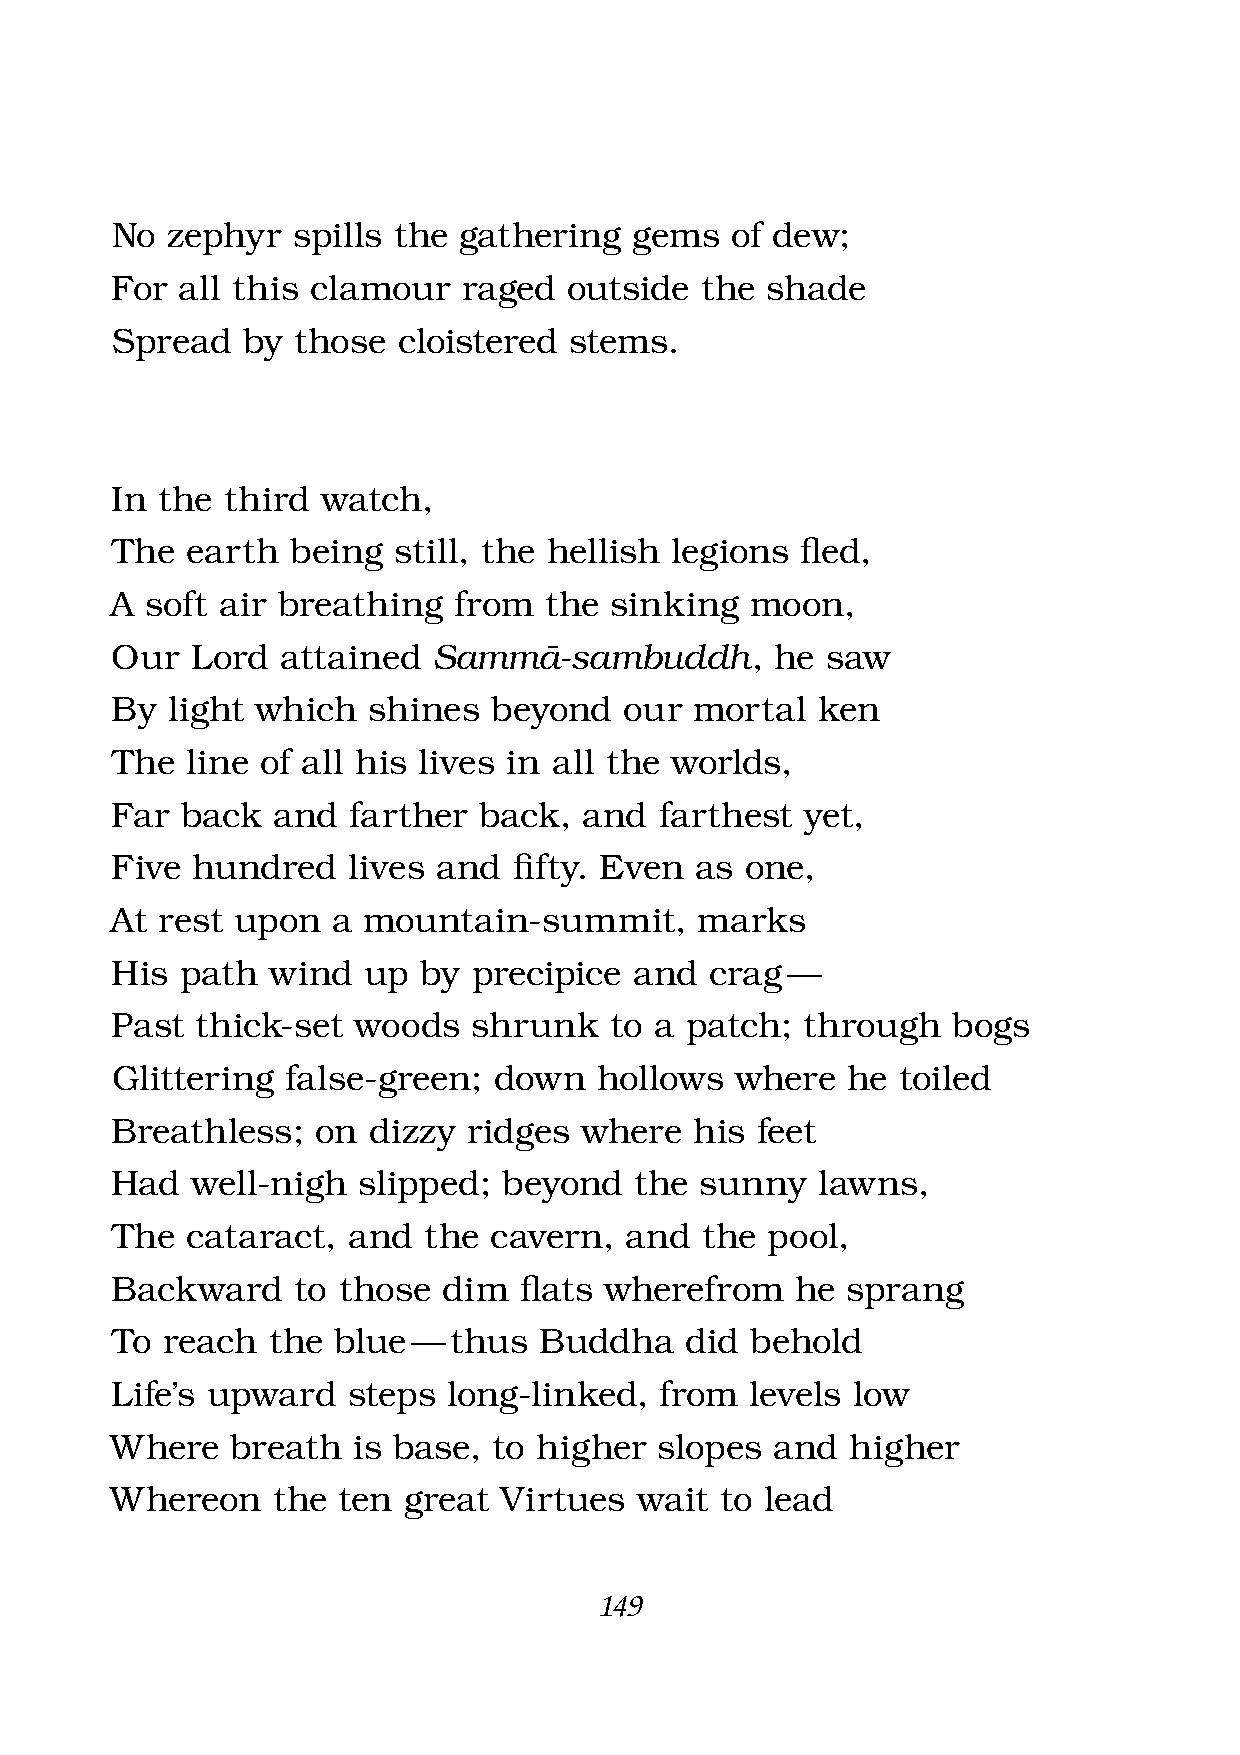
No  zephyr  spills the gathering   gems  of dew;
 For  all this clamour   raged  outside the  shade
 Spread   by those  cloistered  stems.
 In the  third watch,
 The  earth  being  still, the hellish legions fl ed,
 A  soft air breathing  from  the sinking   moon,
 Our   Lord  attained  Sammà-sambuddh,       he  saw
 By  light which  shines  beyond   our  mortal  ken
 The  line of all his lives in all the worlds,
 Far  back  and  farther  back,  and  farthest yet,
 Five  hundred   lives and  fi fty. Even as one,
 At rest upon   a mountain-summit,      marks
 His  path  wind  up  by precipice  and  crag —
 Past  thick-set woods   shrunk   to a patch;  through   bogs
 Glittering  false-green;  down   hollows  where  he toiled
 Breathless;   on dizzy  ridges where   his feet
 Had   well-nigh  slipped; beyond   the sunny   lawns,
 The  cataract,  and  the cavern,  and  the  pool,
 Backward     to those dim  fl ats wherefrom   he sprang
 To  reach  the blue —  thus  Buddha   did  behold
 Life’s upward   steps  long-linked,  from  levels low
 Where   breath  is base,  to higher  slopes and  higher
 Whereon    the ten  great Virtues  wait  to lead
 149